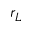
r _ { L }